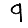
Digit: 9